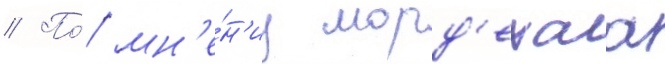
// По́ мн'е́н'иу морд'ехаа